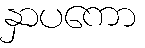
နှာပကော